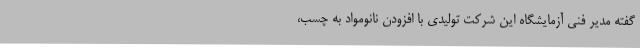
گفته مدیر فنی آزمایشگاه این شرکت تولیدی با افزودن نانومواد به چسب،